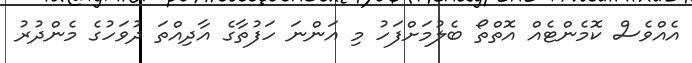
އެއްވެސް ކޮމެންޓެއް އޮތްތޯ ބެލުމަށްފަހު މި އަންނަ ހަފުތާގެ އާދިއްތަ ދުވަހުގެ މެންދުރު